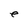
Character: e